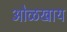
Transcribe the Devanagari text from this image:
ओळखाय